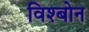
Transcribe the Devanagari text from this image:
विश्बोन